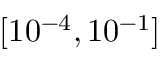
[ 1 0 ^ { - 4 } , 1 0 ^ { - 1 } ]